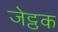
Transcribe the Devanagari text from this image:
जेट्ठक